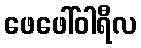
ဖေဖေါ်ဝါရီလ